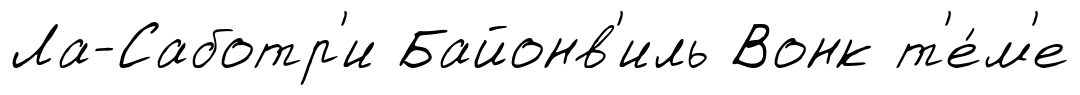
Ла-Саботр'и Байонв'иль Вонк т'е́м'е